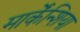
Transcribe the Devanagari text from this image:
मार्केंन्शिया